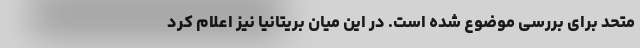
متحد برای بررسی موضوع شده است. در این میان بریتانیا نیز اعلام کرد